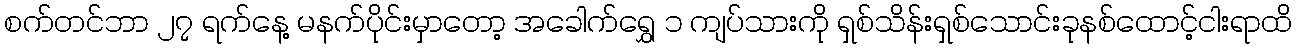
စက်တင်ဘာ ၂၇ ရက်နေ့ မနက်ပိုင်းမှာတော့ အခေါက်ရွှေ ၁ ကျပ်သားကို ရှစ်သိန်းရှစ်သောင်းခုနစ်ထောင့်ငါးရာထိ